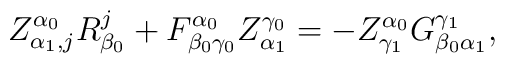
Z^{\alpha_0}_{\alpha_1, j} R^j_{\beta_0} +F^{\alpha_0}_{\beta_0 \gamma_0} Z^{\gamma_0}_{\alpha_1} = - Z^{\alpha_0}_{\gamma_1} G^{\gamma_1}_{\beta_0 \alpha_1},